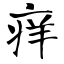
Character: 痒